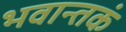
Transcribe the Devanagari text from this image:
भवान्तकं